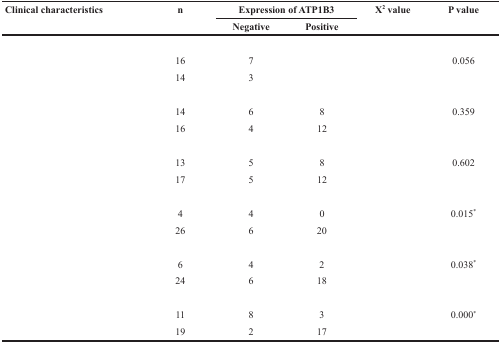
<table><thead><tr><td rowspan="2"><b>Clinical characteristics</b></td><td rowspan="2"><b>n</b></td><td colspan="2"><b>Expression of ATP1B3</b></td><td rowspan="2"><b>X<sup>2</sup> value</b></td><td rowspan="2"><b>P value</b></td></tr><tr><td><b>Negative</b></td><td><b>Positive</b></td></tr></thead><tbody><tr><td colspan="6">[EMPTY_CELL]</td></tr><tr><td>[EMPTY_CELL]</td><td>16</td><td>7</td><td>[EMPTY_CELL]</td><td>[EMPTY_CELL]</td><td>0.056</td></tr><tr><td>[EMPTY_CELL]</td><td>14</td><td>3</td><td>[EMPTY_CELL]</td><td>[EMPTY_CELL]</td><td>[EMPTY_CELL]</td></tr><tr><td colspan="6">[EMPTY_CELL]</td></tr><tr><td>[EMPTY_CELL]</td><td>14</td><td>6</td><td>8</td><td>[EMPTY_CELL]</td><td>0.359</td></tr><tr><td>[EMPTY_CELL]</td><td>16</td><td>4</td><td>12</td><td>[EMPTY_CELL]</td><td>[EMPTY_CELL]</td></tr><tr><td colspan="6">[EMPTY_CELL]</td></tr><tr><td>[EMPTY_CELL]</td><td>13</td><td>5</td><td>8</td><td>[EMPTY_CELL]</td><td>0.602</td></tr><tr><td>[EMPTY_CELL]</td><td>17</td><td>5</td><td>12</td><td>[EMPTY_CELL]</td><td>[EMPTY_CELL]</td></tr><tr><td colspan="6">[EMPTY_CELL]</td></tr><tr><td>[EMPTY_CELL]</td><td>4</td><td>4</td><td>0</td><td>[EMPTY_CELL]</td><td>0.015<sup>*</sup></td></tr><tr><td>[EMPTY_CELL]</td><td>26</td><td>6</td><td>20</td><td>[EMPTY_CELL]</td><td>[EMPTY_CELL]</td></tr><tr><td colspan="6">[EMPTY_CELL]</td></tr><tr><td>[EMPTY_CELL]</td><td>6</td><td>4</td><td>2</td><td>[EMPTY_CELL]</td><td>0.038<sup>*</sup></td></tr><tr><td>[EMPTY_CELL]</td><td>24</td><td>6</td><td>18</td><td>[EMPTY_CELL]</td><td>[EMPTY_CELL]</td></tr><tr><td colspan="6">[EMPTY_CELL]</td></tr><tr><td>[EMPTY_CELL]</td><td>11</td><td>8</td><td>3</td><td>[EMPTY_CELL]</td><td>0.000<sup>*</sup></td></tr><tr><td>[EMPTY_CELL]</td><td>19</td><td>2</td><td>17</td><td>[EMPTY_CELL]</td><td>[EMPTY_CELL]</td></tr></tbody></table>